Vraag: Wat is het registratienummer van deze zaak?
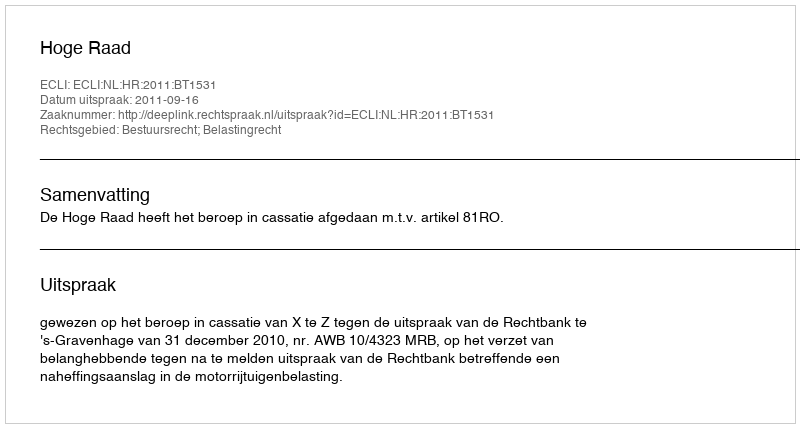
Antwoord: http://deeplink.rechtspraak.nl/uitspraak?id=ECLI:NL:HR:2011:BT1531